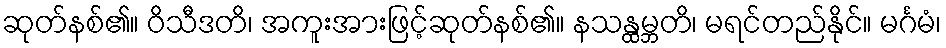
ဆုတ်နစ်၏။ ဝိသီဒတိ၊ အကူးအားဖြင့်ဆုတ်နစ်၏။ နသန္ထမ္ဘတိ၊ မရင်တည်နိုင်။ မင်္ဂမံ၊